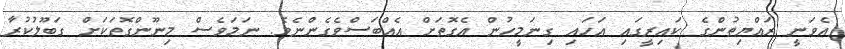
އެވަނީ ރައްޔިތުންގެ ކައިރީގައި އަހައި ގިނަމީހުން އެގޮތަށް އެއްބަސްވެގެންނެވެ. ނަމަވެސް މިނޫންގޮތަކަށް ގަބޫލުކުރާ